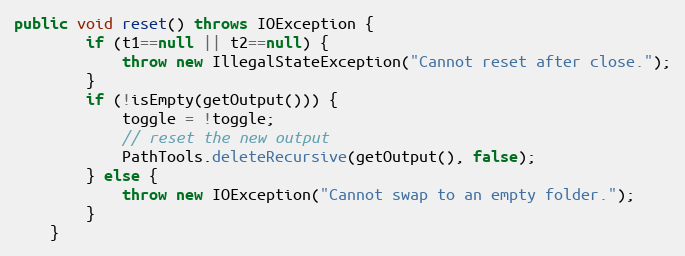
Language: Java
public void reset() throws IOException {
		if (t1==null || t2==null) {
			throw new IllegalStateException("Cannot reset after close.");
		}
		if (!isEmpty(getOutput())) {
			toggle = !toggle;
			// reset the new output
			PathTools.deleteRecursive(getOutput(), false);
		} else {
			throw new IOException("Cannot swap to an empty folder.");
		}
	}